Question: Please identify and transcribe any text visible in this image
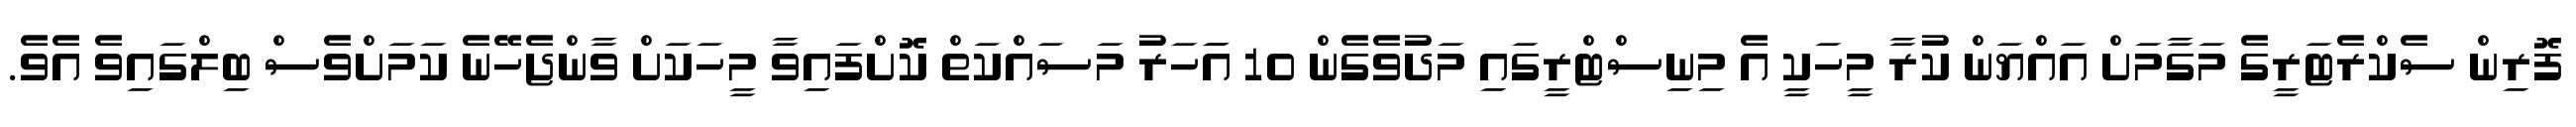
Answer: ފޮރިން ސެކްރެޓަރީގެ މަގާމަށް އައްޔަން ކުރާ މީހަކީ އެ މިނިސްޓްރީގައި މަދުވެގެން 10 އަަހަރު މަސައްކަތް ކޮށްފައިވާ މީހަކަށް ވާންޖެހޭނެ ކަމަށްވެސް ބިލްގައިވެ އެވެ.